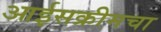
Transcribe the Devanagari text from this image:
आईसक्रीमचा